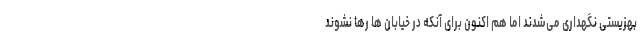
بهزیستی نگهداری می‌شدند اما هم اکنون برای آنکه در خیابان ها رها نشوند